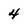
Character: 4